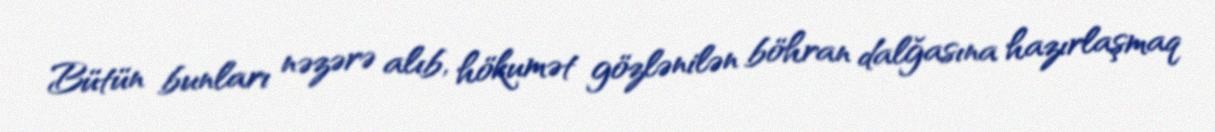
Bütün bunları nəzərə alıb, hökumət gözlənilən böhran dalğasına hazırlaşmaq